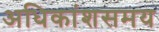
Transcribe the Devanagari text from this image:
अधिकांशसमय